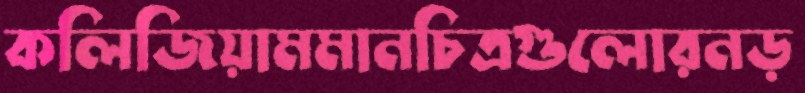
কলিজিয়ামমানচিত্রগুলোরনড়